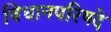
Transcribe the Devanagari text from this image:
विधानपरिषदे